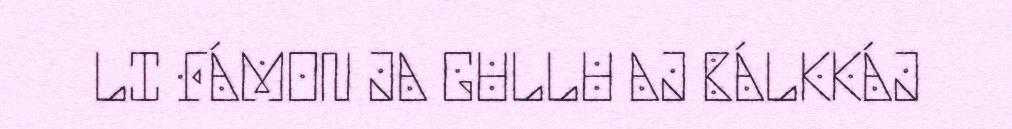
LI FÁMON JA GULLU AJ BÁLKKÁJ